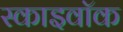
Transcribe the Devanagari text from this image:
स्काइवॉक